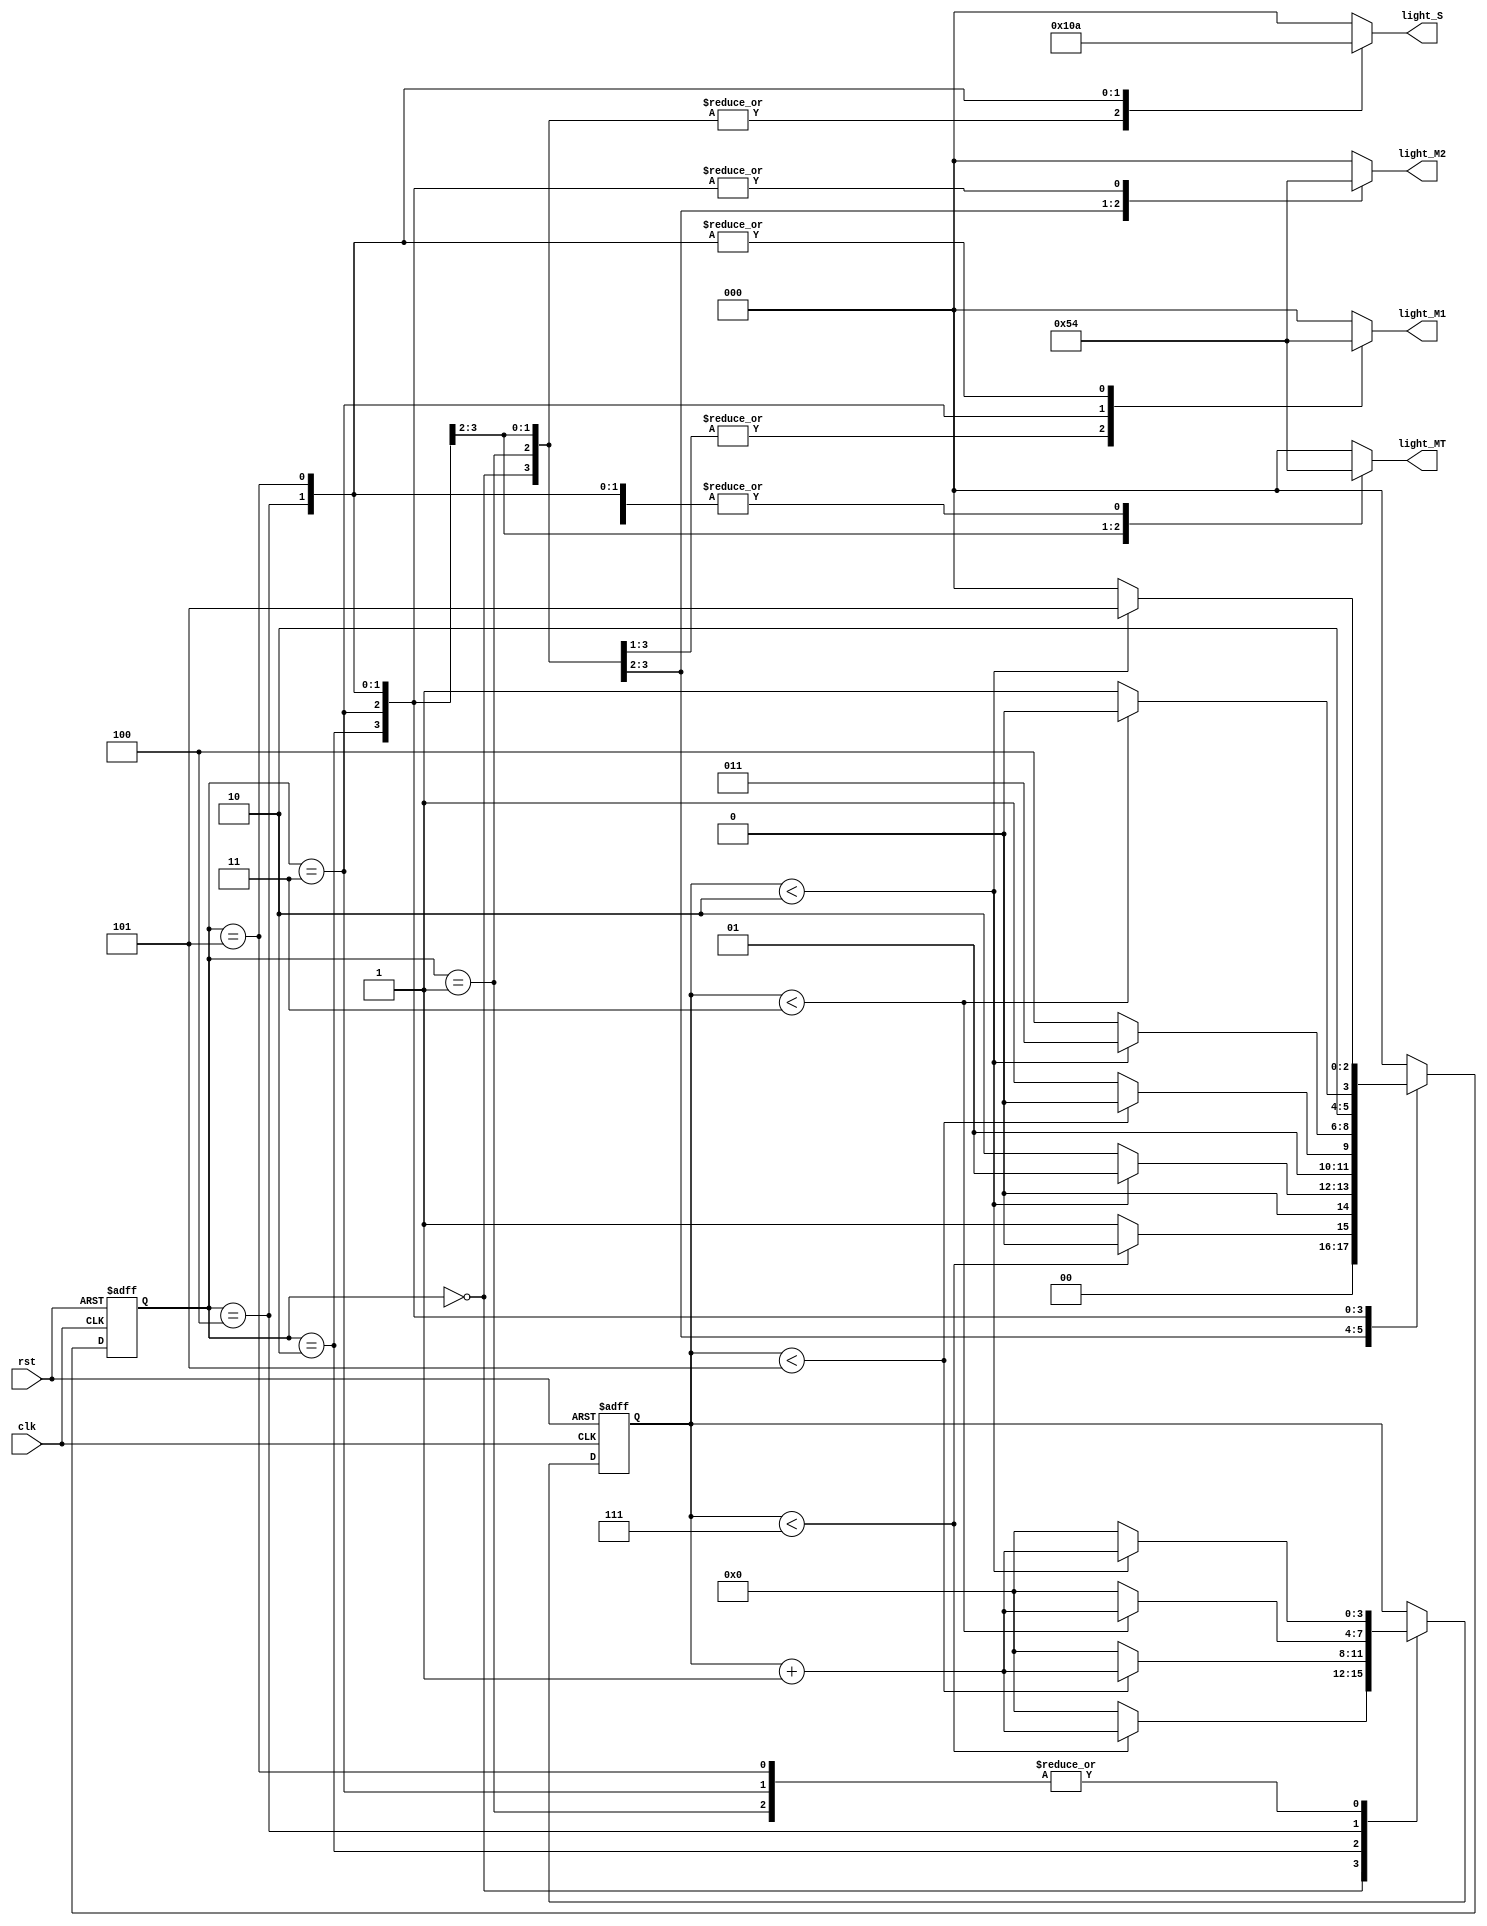

module Traffic_Light_Controller(


    input clk,rst,
    output reg [2:0]light_M1,
    output reg [2:0]light_S,
    output reg [2:0]light_MT,
    output reg [2:0]light_M2
    );
    
    parameter  S1=0, S2=1, S3 =2, S4=3, S5=4,S6=5;
    reg [3:0]count;
    reg[2:0] ps;
    parameter  sec7=7,sec5=5,sec2=2,sec3=3;

   
    
    always@(posedge clk or posedge rst)
        begin
        if(rst==1)
        begin
        ps<=S1;
        count<=0;
        end
        else
        
      
       
            
            case(ps)
                S1: if(count<sec7)
                        begin
                        ps<=S1;
                        count<=count+1;
                        end
                    else
                        begin
                        ps<=S2;
                        count<=0;
                        end
                S2: if(count<sec2)
                        begin
                        ps<=S2;
                        count<=count+1;
                        end

                    else
                        begin
                        ps<=S3;
                        count<=0;
                        end
                S3: if(count<sec5)
                        begin
                        ps<=S3;
                        count<=count+1;
                        end

                    else
                        begin
                        ps<=S4;
                        count<=0;
                        end
                S4:if(count<sec2)
                        begin
                        ps<=S4;
                        count<=count+1;
                        end

                    else
                        begin
                        ps<=S5;
                        count<=0;
                        end
                S5:if(count<sec3)
                        begin
                        ps<=S5;
                        count<=count+1;
                        end

                    else
                        begin
                        ps<=S6;
                        count<=0;
                        end

                S6:if(count<sec2)
                        begin
                        ps<=S6;
                        count<=count+1;
                        end

                    else
                        begin
                        ps<=S1;
                        count<=0;
                        end
                default: ps<=S1;
                endcase
            end   

            always@(ps)    
            begin
                
                case(ps)
                     
                    S1:
                    begin
                       light_M1<=3'b001;
                       light_M2<=3'b001;
                       light_MT<=3'b100;
                       light_S<=3'b100;
                    end
                    S2:
                    begin 
                       light_M1<=3'b001;
                       light_M2<=3'b010;
                       light_MT<=3'b100;
                       light_S<=3'b100;
                    end
                    S3:
                    begin
                       light_M1<=3'b001;
                       light_M2<=3'b100;
                       light_MT<=3'b001;
                       light_S<=3'b100;
                    end
                    S4:
                    begin
                       light_M1<=3'b010;
                       light_M2<=3'b100;
                       light_MT<=3'b010;
                       light_S<=3'b100;
                    end
                    S5:
                    begin
                       light_M1<=3'b100;
                       light_M2<=3'b100;
                       light_MT<=3'b100;
                       light_S<=3'b001;
                    end
                    S6:
                    begin 
                       light_M1<=3'b100;
                       light_M2<=3'b100;
                       light_MT<=3'b100;
                       light_S<=3'b010;
                    end
                    default:
                    begin 
                       light_M1<=3'b000;
                       light_M2<=3'b000;
                       light_MT<=3'b000;
                       light_S<=3'b000;
                    end
                    endcase
            end                
              

endmodule